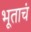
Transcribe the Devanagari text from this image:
भूताचं